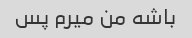
باشه من میرم پس